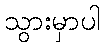
သွားမှာပါ